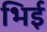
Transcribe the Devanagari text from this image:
भिई